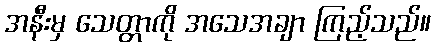
အနီးမှ သေတ္တာကို အသေအချာ ကြည့်သည်။